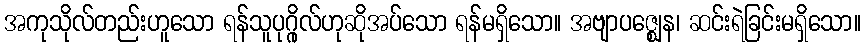
အကုသိုလ်တည်းဟူသော ရန်သူပုဂ္ဂိုလ်ဟုဆိုအပ်သော ရန်မရှိသော။ အဗျာပဇ္ဈေန၊ ဆင်းရဲခြင်းမရှိသော။